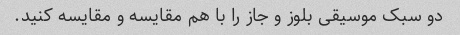
دو سبک موسیقی بلوز و جاز را با هم مقایسه و مقایسه کنید.